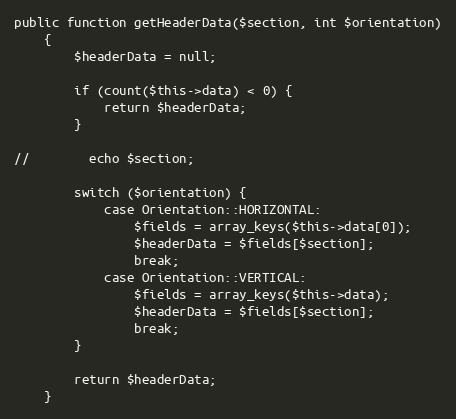
Language: PHP
public function getHeaderData($section, int $orientation)
    {
        $headerData = null;

        if (count($this->data) < 0) {
            return $headerData;
        }

//        echo $section;

        switch ($orientation) {
            case Orientation::HORIZONTAL:
                $fields = array_keys($this->data[0]);
                $headerData = $fields[$section];
                break;
            case Orientation::VERTICAL:
                $fields = array_keys($this->data);
                $headerData = $fields[$section];
                break;
        }

        return $headerData;
    }